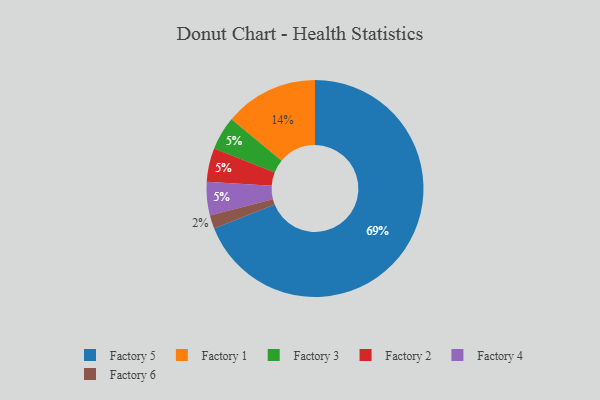
{"axis": {"x": "Category", "y": "Percentage"}, "legend": ["Factory 1", "Factory 2", "Factory 3", "Factory 4", "Factory 5", "Factory 6"], "data": [{"x": "Factory 1", "y": 14, "type": "Factory 1"}, {"x": "Factory 5", "y": 69, "type": "Factory 5"}, {"x": "Factory 3", "y": 5, "type": "Factory 3"}, {"x": "Factory 2", "y": 5, "type": "Factory 2"}, {"x": "Factory 6", "y": 2, "type": "Factory 6"}, {"x": "Factory 4", "y": 5, "type": "Factory 4"}]}